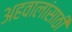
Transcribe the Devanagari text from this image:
अहवालांसाठी